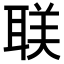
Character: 𬚛